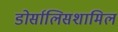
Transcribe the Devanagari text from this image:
डोर्सालिसशामिल